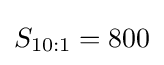
S_{10:1}=800